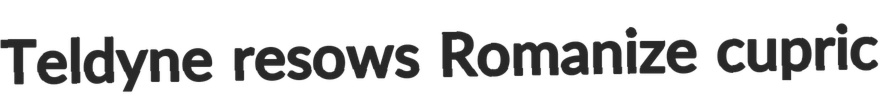
Teldyne resows Romanize cupric